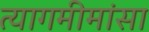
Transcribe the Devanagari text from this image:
त्यागमीमांसा